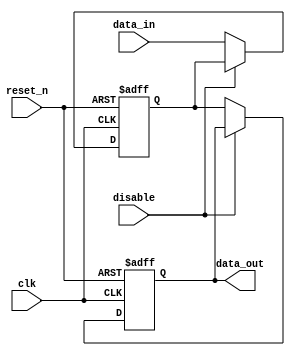
module disable_block (
    input wire clk,             // Clock signal
    input wire reset_n,         // Active-low reset signal
    input wire disable,         // Control signal to enable/disable the block
    input wire [WIDTH-1:0] data_in,  // Data input
    output reg [WIDTH-1:0] data_out  // Data output
);
    parameter WIDTH = 8;        // Width of data signal

    // Internal state register
    reg [WIDTH-1:0] internal_state;

    always @(posedge clk or negedge reset_n) begin
        if (!reset_n) begin
            // Asynchronous reset
            internal_state <= 0;    // Reset internal state
            data_out <= 0;          // Reset data output
        end else if (disable) begin
            // When disabled, retain the previous state
            data_out <= data_out;   // Output remains unchanged
        end else begin
            // Normal operation - update state and output
            internal_state <= data_in;  // Update internal state based on input
            data_out <= internal_state;  // Drive the output with internal state
        end
    end
endmodule